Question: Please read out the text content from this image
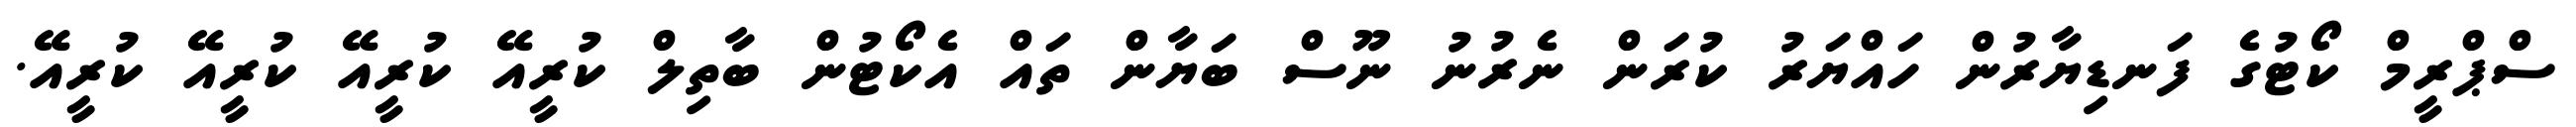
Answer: ސްޕްރީމް ކޯޓުގެ ފަނޑިޔާރުން ހައްޔަރު ކުރަން ނެރުނު ނޫސް ބަޔާން ތައް އެކޯޓުން ބާތިލް ކުރީއޭ ކުރީއޭ ކުރީއޭ ކުރީއޭ.